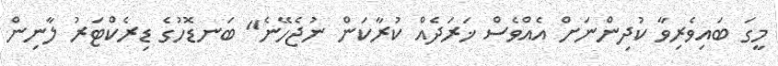
މީގަ ބައިވެރިވާ ކުދިންނަށް އެއްވެސް ޚަރަދެއް ކުރާކަން ނުޖެހޭނެ" ބަނޑޮހުގެ ޑިރެކްޓަރު ލާނިން